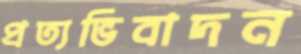
প্রত্যভিবাদন